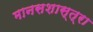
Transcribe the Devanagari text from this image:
मानसशास्त्रा